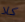
كلا